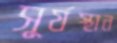
সূর্যস্থান